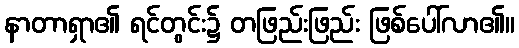
နာတာရှာ၏ ရင်တွင်း၌ တဖြည်းဖြည်း ဖြစ်ပေါ်လာ၏။